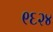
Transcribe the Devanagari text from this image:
९६२४